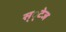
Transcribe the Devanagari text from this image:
स््टेज